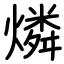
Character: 燐